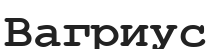
Вагриус